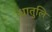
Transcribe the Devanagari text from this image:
धातुलि